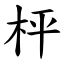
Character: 枰